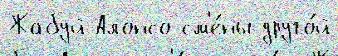
Жабуй Алонсо см'е́ны друго́й